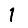
Digit: 1